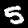
Digit: 5